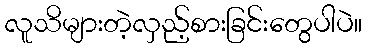
လူသိများတဲ့လှည့်စားခြင်းတွေပါပဲ။